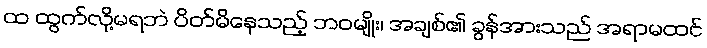
ထ ထွက်လို့မရဘဲ ပိတ်မိနေသည့် ဘဝမျိုး၊ အချစ်၏ ခွန်အားသည် အရာမထင်